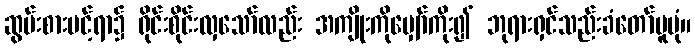
ဆွမ်းစားပင့်ရာ၌ ရိုင်းစိုင်းလှသော်လည်း အကျိုးကိုမျှော်ကိုး၍ ဘုရားရှင်သည်းခံတော်မူပုံ။